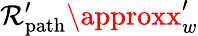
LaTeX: \mathcal{R}_{\mathrm{{{path}}}}^{\prime}\approxx_{w}^{\prime}